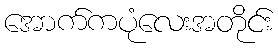
အောက်ကပုံလေးအတိုင်း